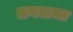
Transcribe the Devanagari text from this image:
लगद्याचा